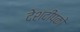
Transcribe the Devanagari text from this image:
देशदीपको